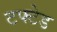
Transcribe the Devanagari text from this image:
टफ्टेड